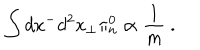
LaTeX: \int d x ^ { - } d ^ { 2 } x _ { \perp } \pi _ { \mathrm { n } } ^ { 0 } \propto \frac { 1 } { m } \ .